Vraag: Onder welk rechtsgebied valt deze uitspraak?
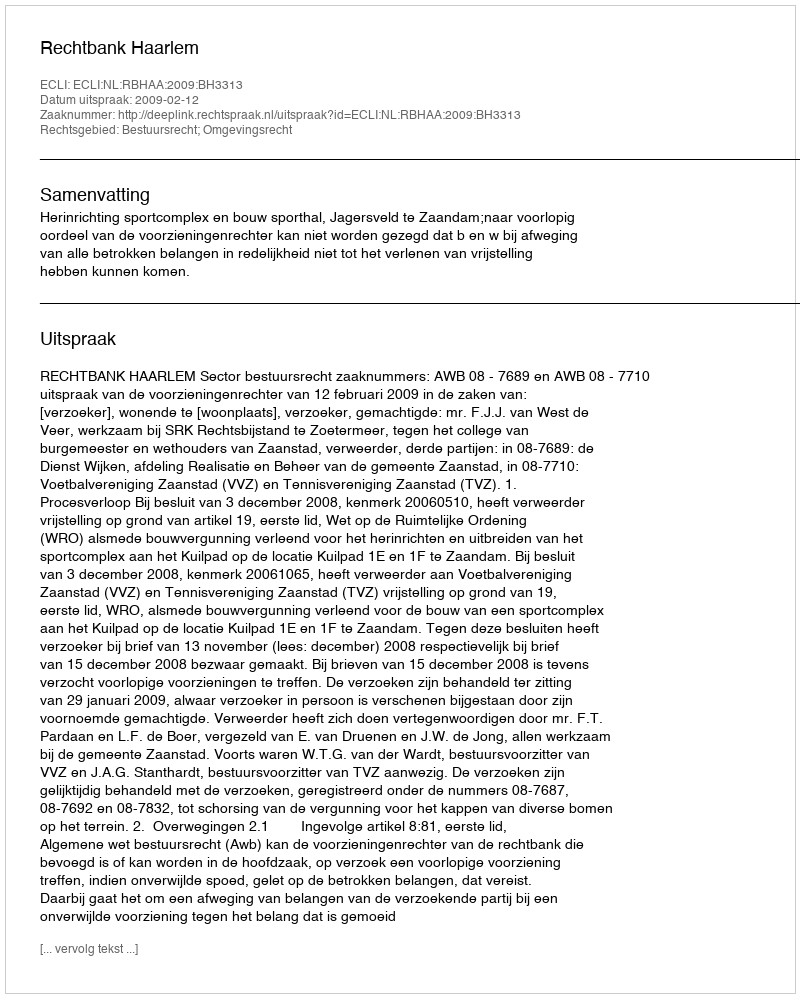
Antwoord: Bestuursrecht; Omgevingsrecht